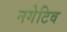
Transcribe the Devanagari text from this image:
नगेटिव